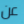
عن